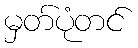
မှတ်ပုံတင်